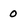
Character: 0